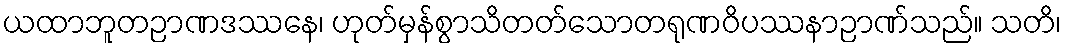
ယထာဘူတဉာဏဒဿနေ၊ ဟုတ်မှန်စွာသိတတ်သောတရုဏဝိပဿနာဉာဏ်သည်။ သတိ၊